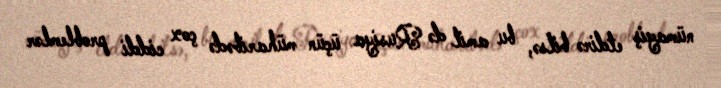
nümayiş etdirə bilsə, bu amil də Rusiya üçün müharibədə çox ciddi problemlər